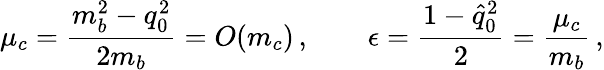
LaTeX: \mu_{c}=\frac{m_{b}^{2}-q_{0}^{2}}{2m_{b}}=O(m_{c})\, ,\qquad\epsilon=\frac{1-\hat{q}_{0}^{2}}{2}=\frac{\mu_{c}}{m_{b}}\, ,